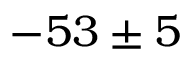
- 5 3 \pm 5